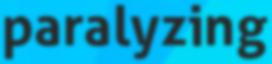
paralyzing